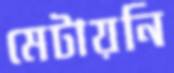
মেটায়নি